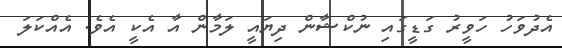
އެދުވަހު ހަވީރު ގަޑީގައި ނުކްޝާން ދިޔައީ ލަމާން އާ އެކީ އެވެ. އެއްކަލަ